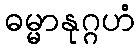
ဓမ္မာနုဂ္ဂဟံ